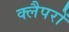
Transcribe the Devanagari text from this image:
क्लैपरों